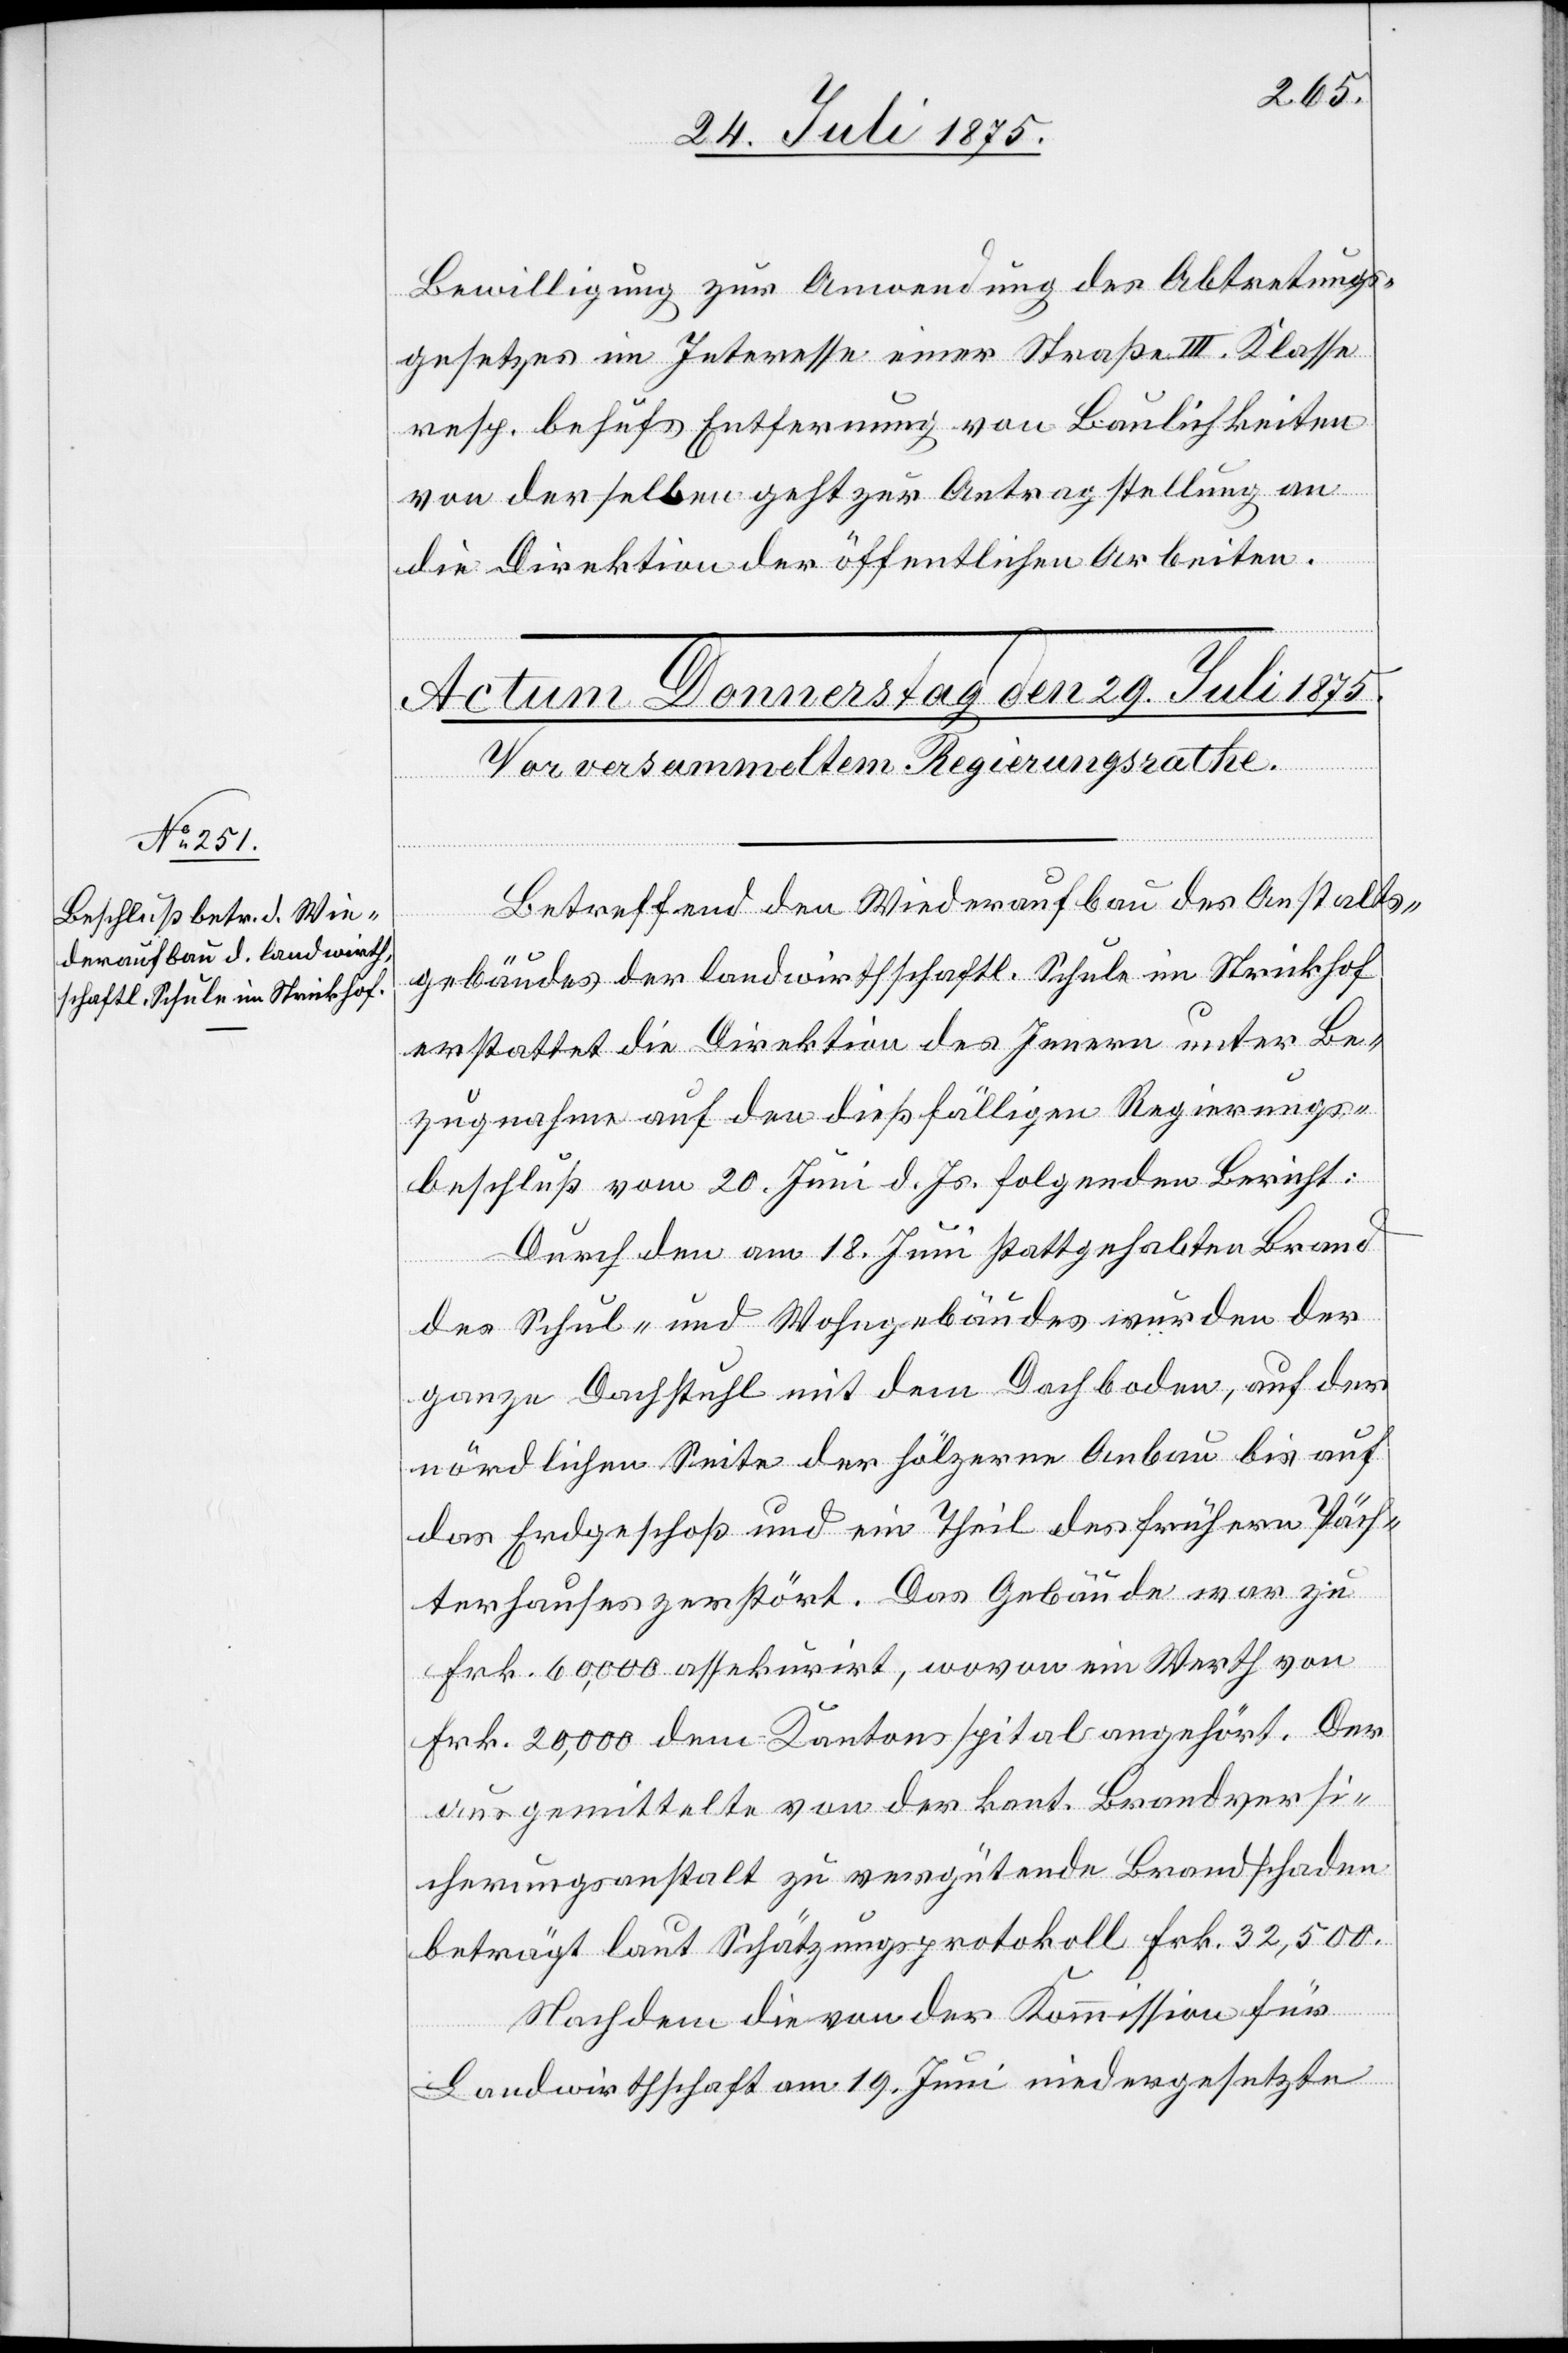
Bewilligung zur Anwendung des Abtretungs¬
gesetzes im Interesse einer Straße III. Klasse
resp. behufs Entfernung von Baulichkeiten
von derselben geht zur Antragstellung an
die Direktion der öffentlichen Arbeiten.
Betreffend den Wiederaufbau des Anstalts¬
gebäudes der landwirthschaftl. Schule im Strickhof
erstattet die Direktion des Innern unter Be¬
zugnahme auf den dießfälligen Regierungs¬
beschluß vom 20. Juni d. Js. folgenden Bericht:
Durch den am 18. Juni stattgehabten Brand
des Schul- und Wohngebäudes wurden der
ganze Dachstuhl mit dem Dachboden, auf der
nördlichen Seite der hölzerne Anbau bis auf
das Erdgeschoß und ein Theil des frühern Päch¬
terhauses zerstört. Das Gebäude war zu
Frl. 60,000 assekurirt, wovon ein Werth von
Frk. 20,000 dem Kantonsspital angehört. Der
ausgemittelte von der kant. Brandversi¬
cherungsanstalt zu vergütende Brandschaden
beträgt laut Schätzungsprotokoll Frk. 32,500.
Nachdem die von der Kommission für
Landwirthschaft am 19. Juni niedergesetzte